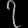
Digit: ၇